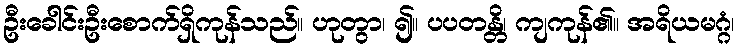
ဦးခေါင်းဦးစောက်ရှိကုန်သည်။ ဟုတွာ၊ ၍။ ပပတန္တိ၊ ကျကုန်၏။ အရိယမဂ္ဂံ၊